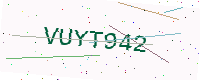
Text: VUYT942